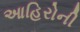
આહિરોની